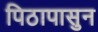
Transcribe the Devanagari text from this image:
पिठापासुन